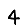
Digit: 4